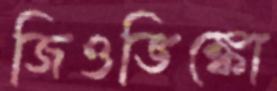
জিওভিঙ্কো